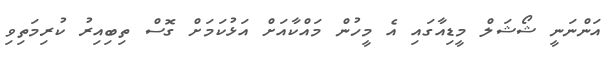
އަންނަނީ ޝޯޝަލް މީޑިއާގައި އެ މީހުން މައްކާއަށް އަޅުކަމަށް ގޮސް ތިބިއިރު ކުރިމަތިވި